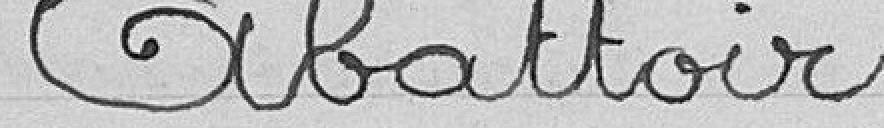
Abattoir